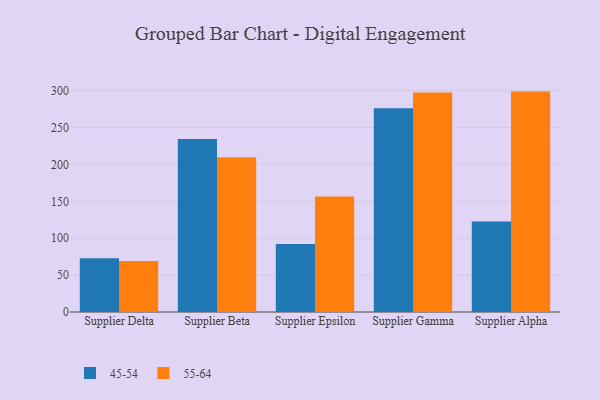
{"axis": {"x": "Supplier", "y": "Conversion Rate (%)"}, "legend": ["45-54", "55-64"], "data": [{"x": "Supplier Delta", "y": 72.8, "type": "45-54"}, {"x": "Supplier Delta", "y": 69.2, "type": "55-64"}, {"x": "Supplier Beta", "y": 234.5, "type": "45-54"}, {"x": "Supplier Beta", "y": 209.8, "type": "55-64"}, {"x": "Supplier Epsilon", "y": 92.1, "type": "45-54"}, {"x": "Supplier Epsilon", "y": 156.7, "type": "55-64"}, {"x": "Supplier Gamma", "y": 276.2, "type": "45-54"}, {"x": "Supplier Gamma", "y": 297.6, "type": "55-64"}, {"x": "Supplier Alpha", "y": 122.6, "type": "45-54"}, {"x": "Supplier Alpha", "y": 298.7, "type": "55-64"}]}